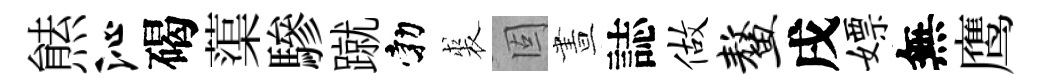
㷱沁碣蕖驂蹴勃裘固晝誌做鳌戌嫖無鹰